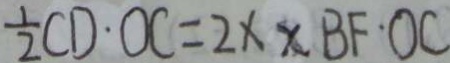
\frac { 1 } { 2 } C D \cdot O C = 2 \times x B F \cdot O C